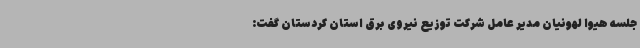
جلسه هیوا لهونیان مدیر عامل شرکت توزیع نیروی برق استان کردستان گفت: